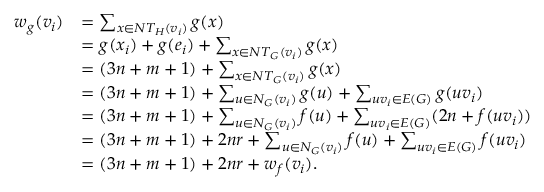
\begin{array} { r l } { w _ { g } ( v _ { i } ) } & { = \sum _ { x \in N T _ { H } ( v _ { i } ) } g ( x ) } \\ & { = g ( x _ { i } ) + g ( e _ { i } ) + \sum _ { x \in N T _ { G } ( v _ { i } ) } g ( x ) } \\ & { = ( 3 n + m + 1 ) + \sum _ { x \in N T _ { G } ( v _ { i } ) } g ( x ) } \\ & { = ( 3 n + m + 1 ) + \sum _ { u \in N _ { G } ( v _ { i } ) } g ( u ) + \sum _ { u v _ { i } \in E ( G ) } g ( u v _ { i } ) } \\ & { = ( 3 n + m + 1 ) + \sum _ { u \in N _ { G } ( v _ { i } ) } f ( u ) + \sum _ { u v _ { i } \in E ( G ) } ( 2 n + f ( u v _ { i } ) ) } \\ & { = ( 3 n + m + 1 ) + 2 n r + \sum _ { u \in N _ { G } ( v _ { i } ) } f ( u ) + \sum _ { u v _ { i } \in E ( G ) } f ( u v _ { i } ) } \\ & { = ( 3 n + m + 1 ) + 2 n r + w _ { f } ( v _ { i } ) . } \end{array}